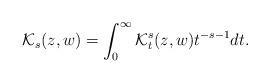
LaTeX: \begin{align*}\mathcal{K}_s(z,w) = \int_0^\infty \mathcal{K}_t^s(z,w) t^{-s-1} dt.\end{align*}